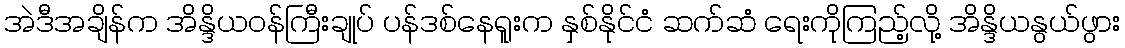
အဲဒီအချိန်က အိန္ဒိယဝန်ကြီးချုပ် ပန်ဒစ်နေရူးက နှစ်နိုင်ငံ ဆက်ဆံ ရေးကိုကြည့်လို့ အိန္ဒိယနွယ်ဖွား